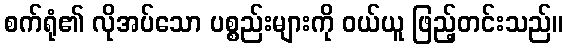
စက်ရုံ၏ လိုအပ်သော ပစ္စည်းများကို ဝယ်ယူ ဖြည့်တင်းသည်။